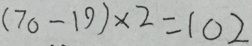
( 7 0 - 1 9 ) \times 2 = 1 0 2